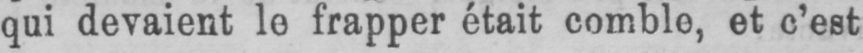
qui devaient le frapper était comble, et c’est